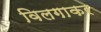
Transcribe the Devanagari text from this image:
विलगाकर